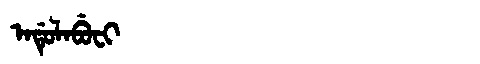
Manchu: ᠠᡩᡠᠯᠠᠪᡠᠸᡳ
Romanization: ADULABUFI